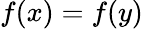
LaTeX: f(x)=f(y)